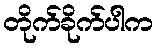
တိုက်ခိုက်ပါက